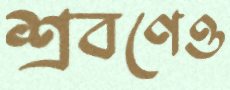
শ্রবণেও